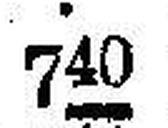
740